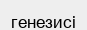
генезисі